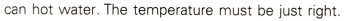
can hot water.The temperature must be just right.